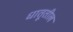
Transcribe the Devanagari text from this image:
धातूतील